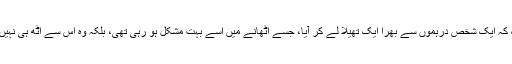
یہاں تک کہ ایک شخص درہموں سے بھرا ایک تھیلا لے کر آیا، جسے اٹھانے میں اسے بہت مشکل ہو رہی تھی، بلکہ وہ اس سے اٹھ ہی نہیں رہا تھا۔